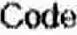
CODE